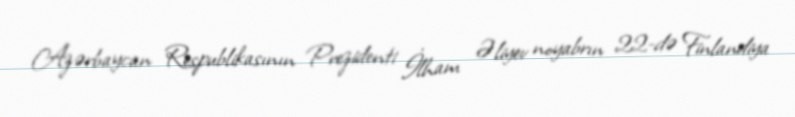
Azərbaycan Respublikasının Prezidenti İlham Əliyev noyabrın 22-də Finlandiya